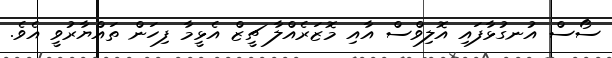
ސޯސް އުނގުޅާފައި އޮލިވްސް އާއި މޮޒަރެއްލާ ޗީޒް އެޅީމާ ފިހަން ތައްޔާރުވީ އެވެ.